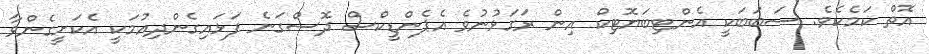
އޮތް ކަމެކެވެ. ސަބަބަކީ އެންޓިބަޔޮޓިކް އިން ރަގަޅުނުވެ އެޕެންޑީކްސް ދޮސްގަނެ ފަޅައިގެންދިއުމަކީ އެކަށީގެންވާ